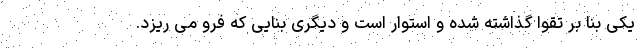
یکی بنا بر تقوا گذاشته شده و استوار است و دیگری بنایی که فرو می ریزد.